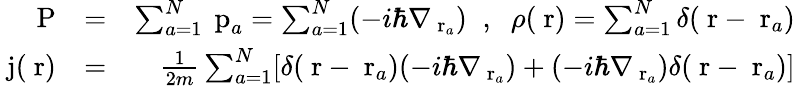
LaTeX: \begin{array}{rlr}{\mathrm{\mathbf~P}}&{=}&{\sum_{a=1}^{N}\mathrm{\mathbf~p}_{a}=\sum_{a=1}^{N}(-i\hbar\nabla_{\mathrm{\mathbf~r}_{a}})\; \; ,\; \; \rho(\mathrm{\mathbf~r})=\sum_{a=1}^{N}\delta(\mathrm{\mathbf~r}-\mathrm{\mathbf~r}_{a})}\\ {\mathrm{\mathbf~j}(\mathrm{\mathbf~r})}&{=}&{\frac{1}{2m}\sum_{a=1}^{N}[\delta(\mathrm{\mathbf~r}-\mathrm{\mathbf~r}_{a})(-i\hbar\nabla_{\mathrm{\mathbf~r}_{a}})+(-i\hbar\nabla_{\mathrm{\mathbf~r}_{a}})\delta(\mathrm{\mathbf~r}-\mathrm{\mathbf~r}_{a})]}\end{array}